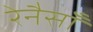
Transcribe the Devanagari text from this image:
रेनैसाँ